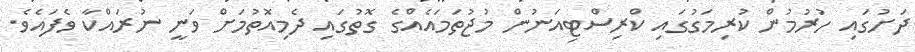
ދަށުގައި ހުރުމުން ކުރިމަގުގައި ކްރިސްޓިއަނުން މުޖުތަމައެއްގެ ގޮތުގައި ދެމިއޮތުމަށް ވަނީ ނުރައްކާ ވެފައެވެ.